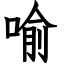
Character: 喻